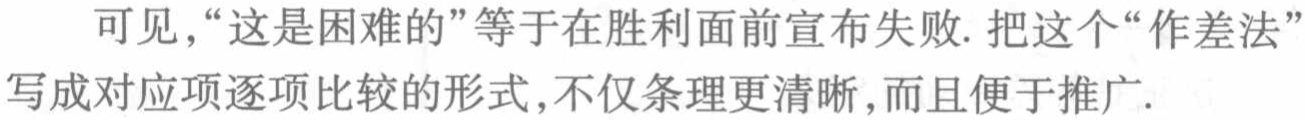
可见，“这是困难的”等于在胜利面前宣布失败. 把这个“作差法”写成对应项逐项比较的形式，不仅条理更清晰，而且便于推广.